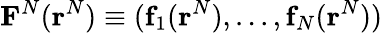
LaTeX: \textbf{F}^{N}(\textbf{r}^{N})\equiv(\textbf{f}_{1}(\textbf{r}^{N}),...,\textbf{f}_{N}(\textbf{r}^{N}))